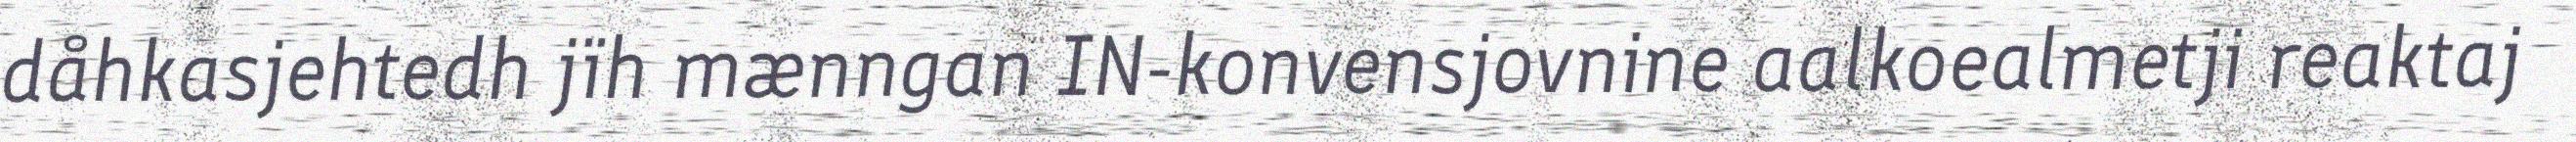
dåhkasjehtedh jïh mænngan IN-konvensjovnine aalkoealmetji reaktaj